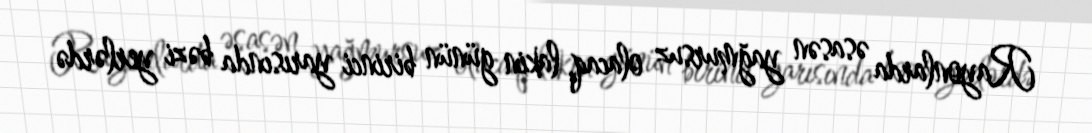
Rayonlarda əsasən yağmursuz olacaq, lakin günün birinci yarısında bəzi yerlərdə